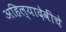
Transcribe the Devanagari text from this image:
अहिल्यादेवींचे